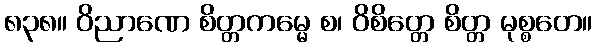
၈၃၈။ ဝိညာဏေ စိတ္တကမ္မေ စ၊ ဝိစိတ္တေ စိတ္တ မုစ္စတေ။